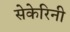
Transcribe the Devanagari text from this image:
सेकेरिनी